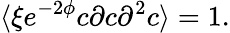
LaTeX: \langle\xi e^{-2\phi}c\partial c\partial^{2}c\rangle=1.